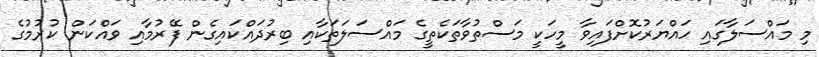
މި މައްސަލާގައި ހައްޔަރުކޮށްފައިވާ މީހަކީ މަސްތުވާތަކެތީގެ މައްސަލަތަކާއި ބިރުދައްކައިގެން ފޭރުމާއި ވައްކަން ކުރުމުގެ